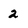
Character: 2